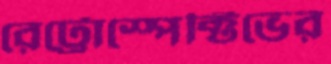
রেট্রোস্পেক্টিভের